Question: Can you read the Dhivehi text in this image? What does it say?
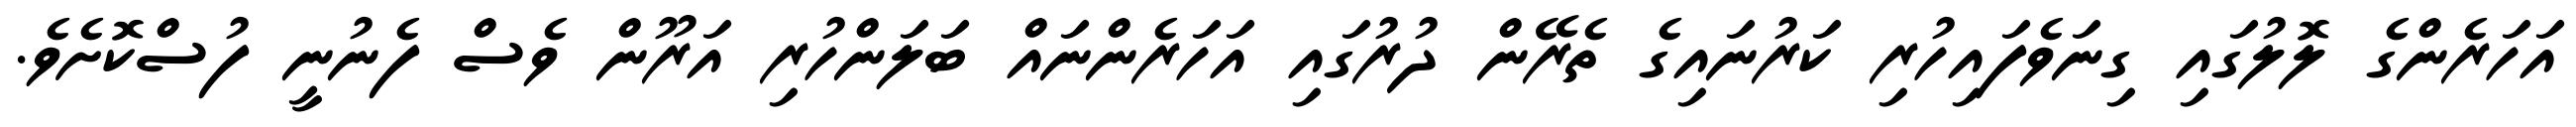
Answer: އަހަރެންގެ ލޮލުގައި ގިނަވެފައިހުރި ކަރުނައިގެ ތެރޭން ދުރުގައި އަހަރެންނައް ބަލަންހުރި އަރޫން ވެސް ފެނުނީ ފުސްކޮށެވެ.